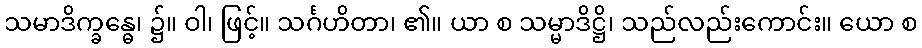
သမာဒိက္ခန္ဓေ၊ ၌။ ဝါ၊ ဖြင့်။ သင်္ဂဟိတာ၊ ၏။ ယာ စ သမ္မာဒိဋ္ဌိ၊ သည်လည်းကောင်း။ ယော စ